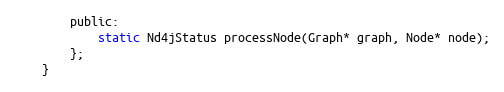
Language: C
        public:
            static Nd4jStatus processNode(Graph* graph, Node* node);
        };
    }